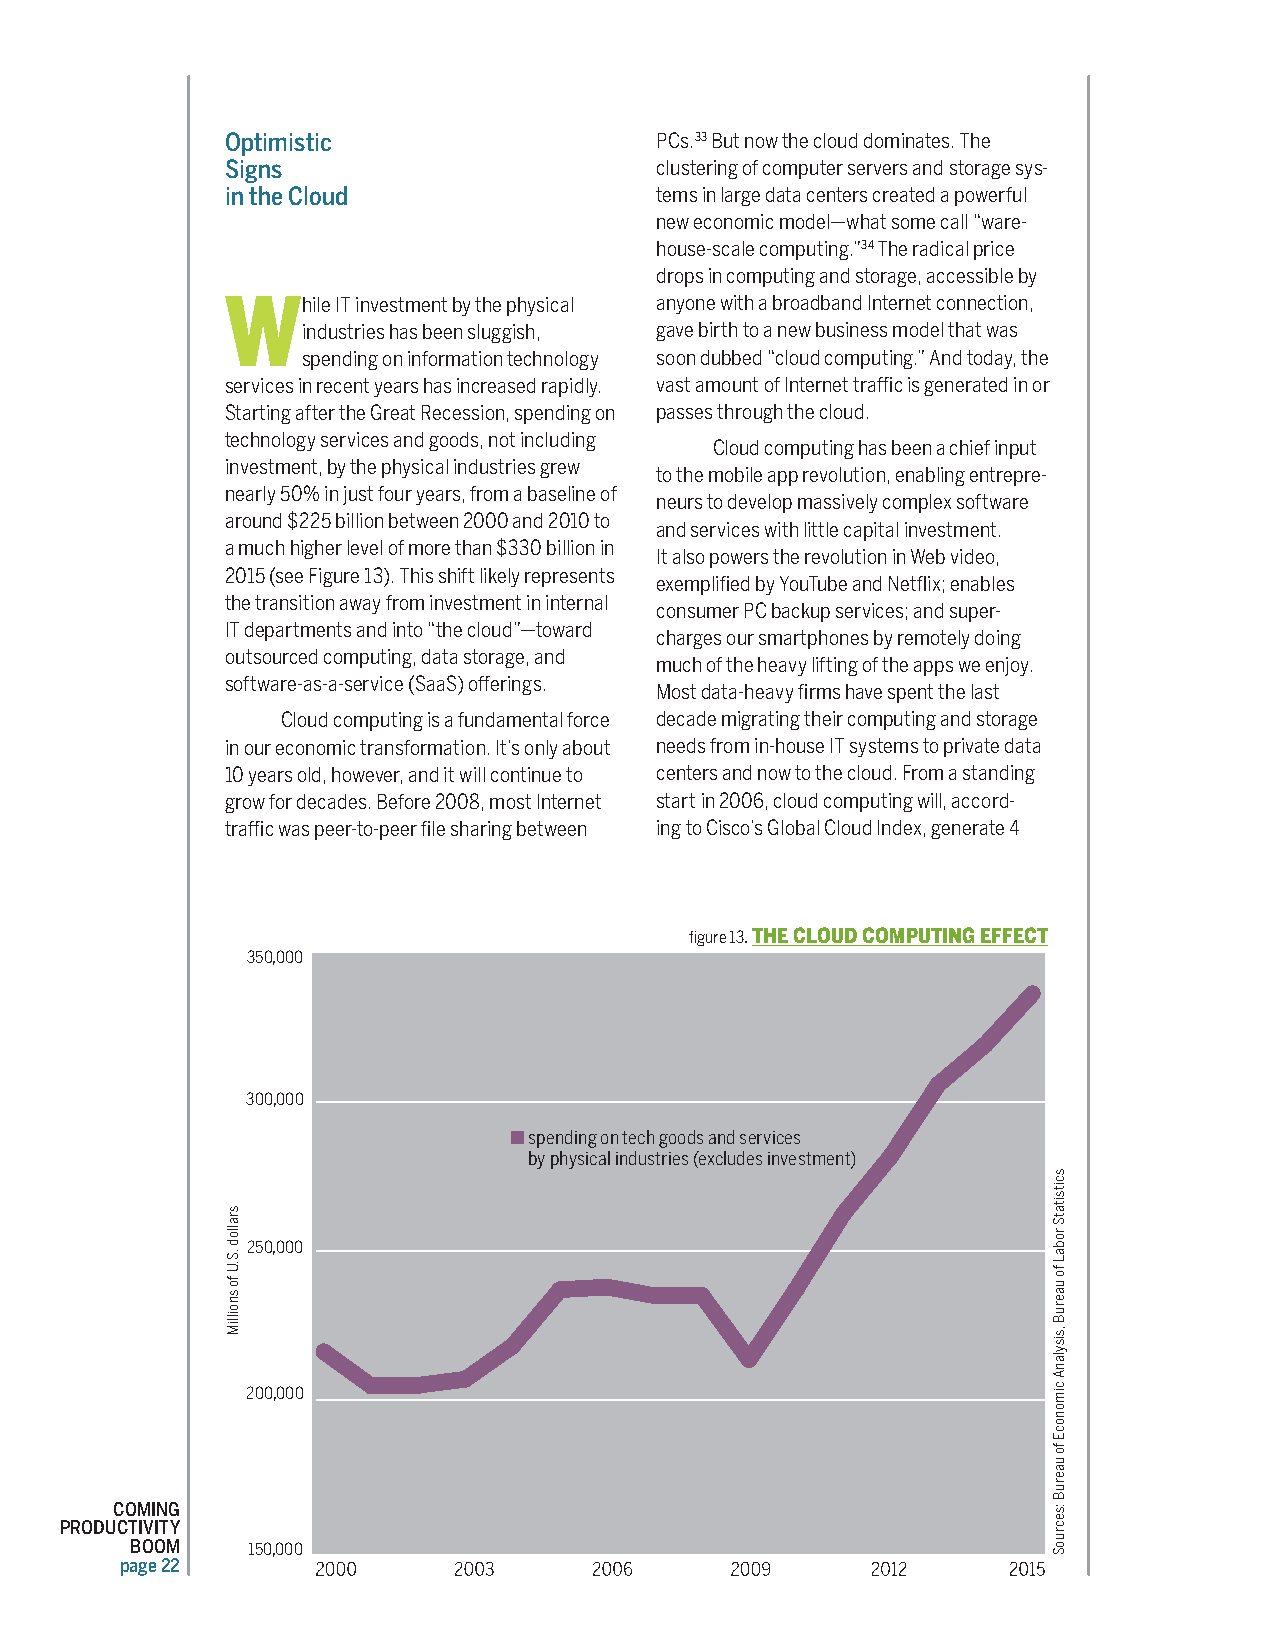
Optimistic                  PCs.33 But now the cloud dominates. The
 Signs                       clustering of computer servers and storage sys-
 in the Cloud                tems in large data centers created a powerful
 new economic model—what some call “ware-
 house-scale computing.”34 The radical price
 drops in computing and storage, accessible by
 While  IT investment by the physical anyone with a broadband Internet connection,
 industries has been sluggish, gave birth to a new business model that was
 spending on information technology soon dubbed “cloud computing.” And today, the
 services in recent years has increased rapidly. vast amount of Internet traffic is generated in or
 Starting after the Great Recession, spending on passes through the cloud.
 technology services and goods, not including
 Cloud computing has been a chief input
 investment, by the physical industries grew
 to the mobile app revolution, enabling entrepre-
 nearly 50% in just four years, from a baseline of
 neurs to develop massively complex software
 around $225 billion between 2000 and 2010 to
 and services with little capital investment.
 a much higher level of more than $330 billion in
 It also powers the revolution in Web video,
 2015 (see Figure 13). This shift likely represents
 exemplified by YouTube and Netflix; enables
 the transition away from investment in internal
 consumer PC backup services; and super-
 IT departments and into “the cloud”—toward
 charges our smartphones by remotely doing
 outsourced computing, data storage, and
 much of the heavy lifting of the apps we enjoy.
 software-as-a-service (SaaS) offerings.
 Most data-heavy firms have spent the last
 Cloud computing is a fundamental force decade migrating their computing and storage
 in our economic transformation. It’s only about needs from in-house IT systems to private data
 10 years old, however, and it will continue to centers and now to the cloud. From a standing
 grow for decades. Before 2008, most Internet start in 2006, cloud computing will, accord-
 traffic was peer-to-peer file sharing between ing to Cisco’s Global Cloud Index, generate 4
 figure 13. THE CLOUD COMPUTING EFFECT
 350,000
 300,000
 ■ spending on tech goods and services
 by physical industries (excludes investment)
 250,000
 200,000
 COMING
 PRODUCTIVITY
 BOOM   150,000
 page 22
 srallod
 .S.U
 fo
 snoilliM
 scitsitatS
 robaL
 fo
 uaeruB
 ,sisylanA
 cimonocE
 fo
 uaeruB
 :secruoS